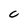
Character: 0